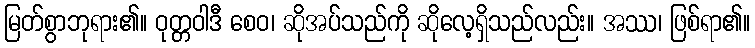
မြတ်စွာဘုရား၏။ ဝုတ္တဝါဒီ စေဝ၊ ဆိုအပ်သည်ကို ဆိုလေ့ရှိသည်လည်း။ အဿ၊ ဖြစ်ရာ၏။